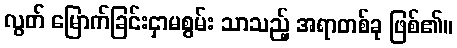
လွတ် မြောက်ခြင်းငှာမစွမ်း သာသည့် အရာတစ်ခု ဖြစ်၏။